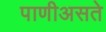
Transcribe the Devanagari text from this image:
पाणीअसते